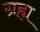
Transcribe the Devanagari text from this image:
ग्रह्य